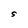
Character: S